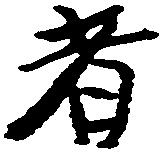
者